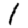
Digit: 1